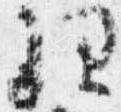
理